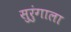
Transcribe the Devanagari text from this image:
सुरुंगाला